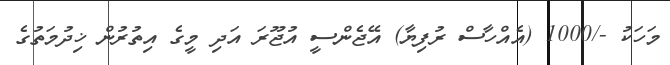
މަހަކު -/1000 (އެއްހާސް ރުފިޔާ) އޭޖެންސީ އުޖޫރަ އަދި މީގެ އިތުރުން ޚިދުމަތުގެ